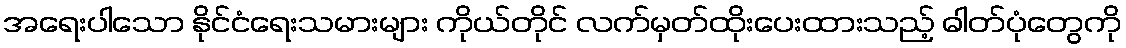
အရေးပါသော နိုင်ငံရေးသမားများ ကိုယ်တိုင် လက်မှတ်ထိုးပေးထားသည့် ဓါတ်ပုံတွေကို